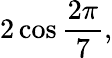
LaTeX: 2\cos{\frac{2\pi}{7}},